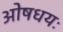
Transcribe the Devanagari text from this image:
ओषधयः